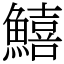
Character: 鱚